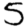
Digit: 5